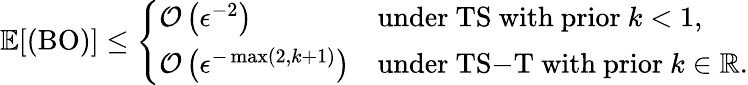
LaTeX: \mathbb{E}[(\mathrm{BO})]\leq\left\{ \begin{array}{ll}{\mathcal{O}\left(\epsilon^{-2}\right)}&{\mathrm{under~\mathrm{TS}~with~prior~}k<1,}\\ {\mathcal{O}\left(\epsilon^{-\operatorname*{max}(2,k+1)}\right)}&{\mathrm{under~\mathrm{TS}\mathrm{-}\mathrm{T}~with~prior~}k\in\mathbb{R}.}\end{array}\right.